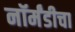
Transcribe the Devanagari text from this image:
नॉर्मंडीचा